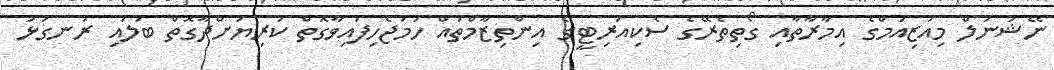
ނޭޝަނަލް މިއުޒިއަމްގެ އިމާރާތާއި ގޯތިތެރޭގެ ސެކިއުރިޓީގެ އިންތިޒާމްތައް ހަމަޖެހިފައިވާގޮތް ކުރިޔަށްދާގޮތް ބަލައި ރަނގަޅު